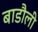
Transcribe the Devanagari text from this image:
बाडौली